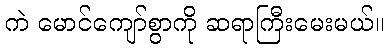
ကဲ မောင်ကျော်စွာကို ဆရာကြီးမေးမယ်။